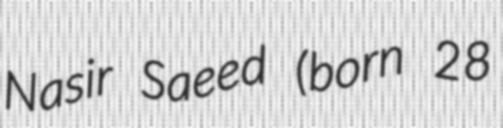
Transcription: Nasir Saeed (born 28